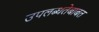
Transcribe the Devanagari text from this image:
उपलब्धतेबाबत